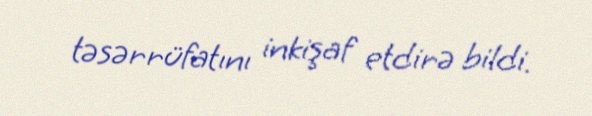
təsərrüfatını inkişaf etdirə bildi.